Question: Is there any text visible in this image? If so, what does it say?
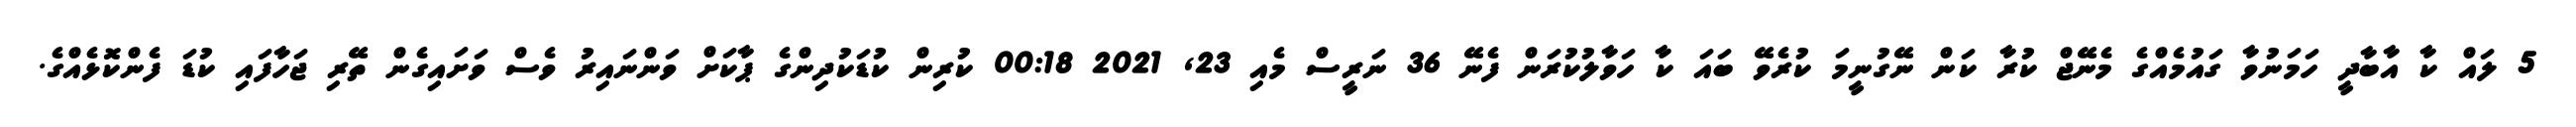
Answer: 5 ލައް ކާ އާބާދީ ހަމަނުވާ ގައުމެއްގެ މެނޭޖް ކުރާ ކަން ނޭގުނީމަ ކުރެވޭ ބައަ ކާ ހަވާލުކުރަން ފެނޭ 36 ނަރީސް މެއި 23, 2021 00:18 ކުރިން ކުޑަކުދިންގެ ޕާކަށް ވަންނައިރު ވެސް ވަށައިގެން ތޭރި ޖަހާފައި ކުޑަ ފެންކޮޅެއްގެ.